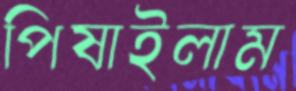
পিষাইলাম